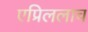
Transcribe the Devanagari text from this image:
एप्रिललाच